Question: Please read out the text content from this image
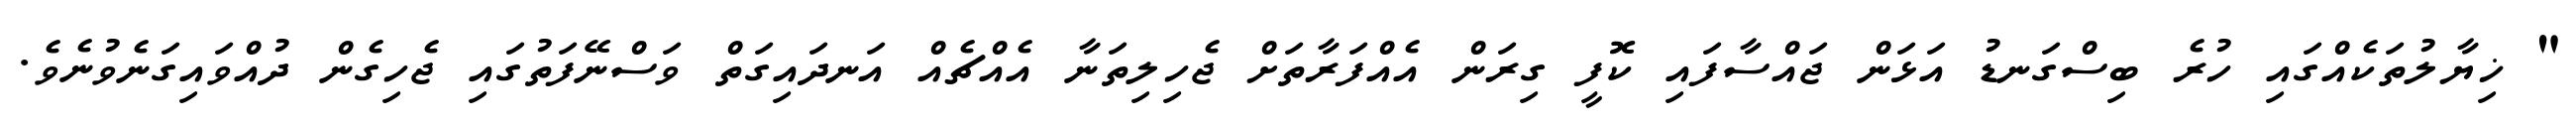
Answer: " ޚިޔާލުތަކެއްގައި ހުރެ ބިސްގަނޑު އަޅަން ޖައްސާފައި ކޮފީ ގިރަން އެއްފަރާތަށް ޖެހިލިތަނާ އެއްޗެއް އަނދައިގަތް ވަސްނޭފަތުގައި ޖެހިގެން ދުއްވައިގަނެވުނެވެ.